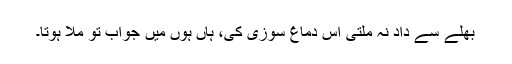
بھلے سے داد نہ ملتی اس دماغ سوزی کی، ہاں ہوں میں جواب تو ملا ہوتا۔